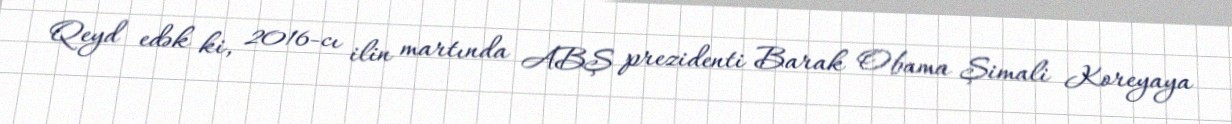
Qeyd edək ki, 2016-cı ilin martında ABŞ prezidenti Barak Obama Şimali Koreyaya